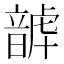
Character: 𩐮